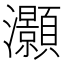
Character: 灝